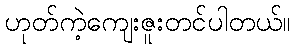
ဟုတ်ကဲ့ကျေးဇူးတင်ပါတယ်။